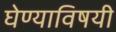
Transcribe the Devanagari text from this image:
घेण्‍याविषयी